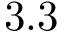
3 . 3